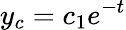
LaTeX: y_{c}=c_{1}e^{-t}